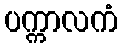
ပက္ကာလကံ